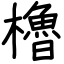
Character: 櫓